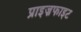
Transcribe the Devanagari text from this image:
प्राइज़फाइट